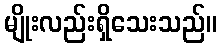
မျိုးလည်းရှိသေးသည်။